Annual report of the Punjab Veterinary College and of the Civil Veterinary Department, Punjab - 1926-1932
Year: 1926
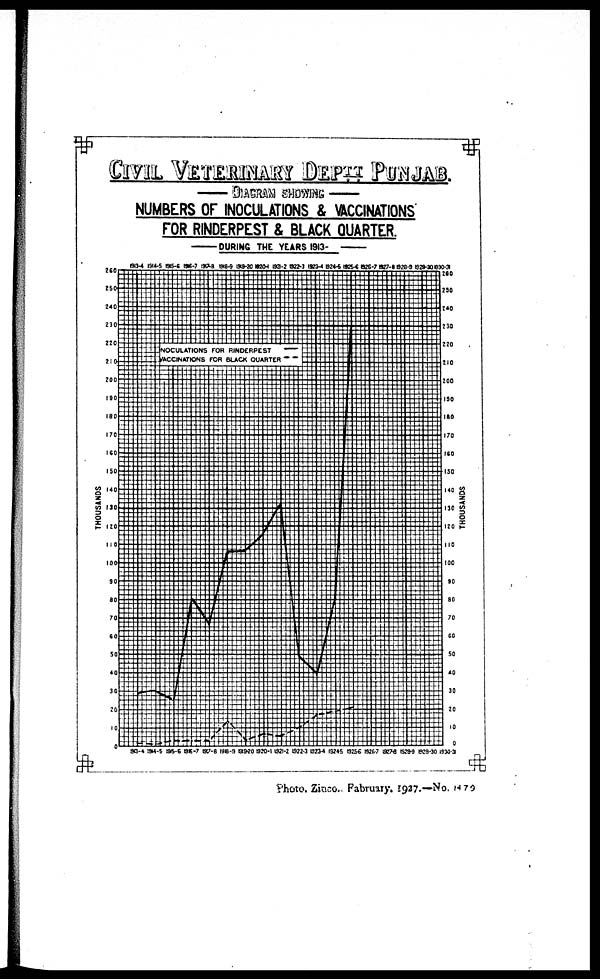
CIVIL VETERINARY DEPT
DIAGRAM SHOWING
NUMBERS OF INOCULATIONS & VACCINATIONS
FOR RINDERPEST & BLACK QUARTER.
DURING
THE YEARS 1913-
Photo, Zinco, Fabruarym, 1927.-No. 1479